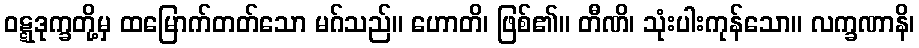
ဝဋ္ဋဒုက္ခတို့မှ ထမြောက်တတ်သော မဂ်သည်။ ဟောတိ၊ ဖြစ်၏။ တီဏိ၊ သုံးပါးကုန်သော။ လက္ခဏာနိ၊